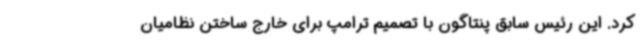
کرد. این رئیس سابق پنتاگون با تصمیم ترامپ برای خارج ساختن نظامیان